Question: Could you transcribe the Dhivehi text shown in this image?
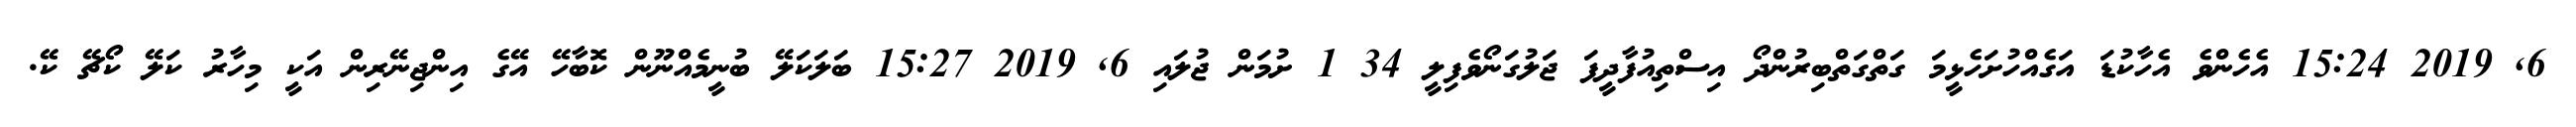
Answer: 6, 2019 15:24 އެހެންވެ އެހާކުޑަ އަގެއްހުށަހެޅީމަ ގަތްގަތްބިރުންދޯ އިސްތިއުފާދީފަ ޖަލުގަނޯވެފިލީ 34 1 ށުމަން ޖުލައި 6, 2019 15:27 ބަލަކަލޭ ބުނީމެއްނޫން ކޮބާހޭ އޭގެ އިންޖިނޭރިން އަކީ މިހާރު ކަލޭ ކޯޗޭ ކޭ.